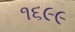
૧૬૯૯